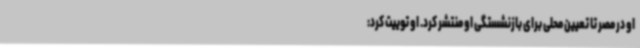
او در مصر تا تعیین محلی برای بازنشستگی او منتشر کرد. او توییت کرد: